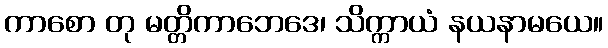
ကာစော တု မတ္တိကာဘေဒေ၊ သိက္ကာယံ နယနာမယေ။